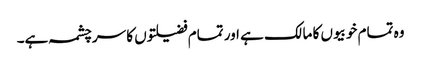
وہ تمام خوبیوں کا مالک ہے اور تمام فضیلتوں کا سرچشمہ ہے۔